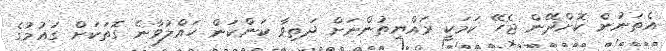
އެތަނުން ކޮށްދޭން ޖެހޭ ކަމަކީ ރައްޔިތުންނަށް ދަތިވާ ކަންކަން ހައްލުވާނެ ގޮތަކަށް ގައުމުގެ